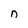
Character: n